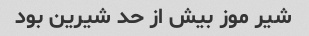
شیر موز بیش از حد شیرین بود